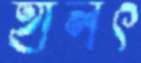
হালৎ